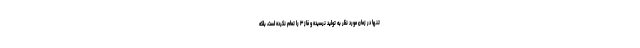
تنها در زمان مورد نظر به تولید نرسیده و فاز ۳ را تمام نکرده است، بلکه